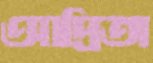
আদ্রিতা